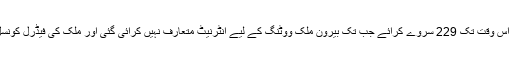
رپورٹ کہتی ہے کہ سوئٹزرلینڈ نے اپنے ایک لاکھ 32 ہزار ووٹرز کے لیے سال 2000 سے اس وقت تک 229 سروے کرائے جب تک بیرون ملک ووٹنگ کے لیے انٹرنیٹ متعارف نہیں کرائی گئی اور ملک کی فیڈرل کونسل نے بھی انٹرنیٹ متعارف کرانے سے قبل سب سے پہلے سیکیورٹی کو بنیادی اہمیت قرار دیا۔